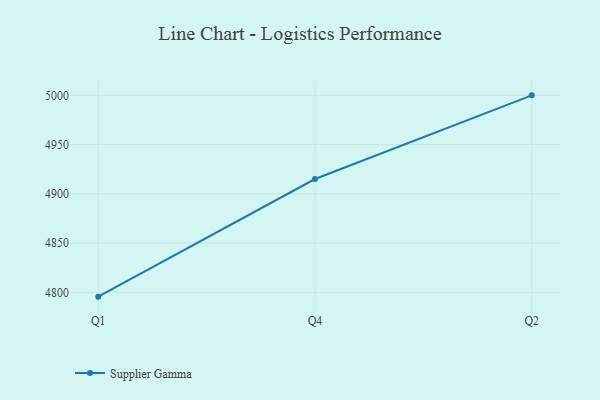
{"axis": {"x": "Quarter", "y": "Churn Rate (%)"}, "legend": ["Supplier Gamma"], "data": [{"x": "Q1", "y": 4795.7, "type": "Supplier Gamma"}, {"x": "Q4", "y": 4915.1, "type": "Supplier Gamma"}, {"x": "Q2", "y": 5000, "type": "Supplier Gamma"}]}